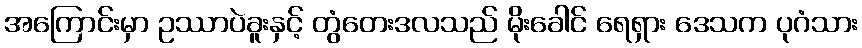
အကြောင်းမှာ ဥဿာပဲခူးနှင့် တွံတေးဒလသည် မိုးခေါင် ရေရှား ဒေသက ပုဂံသား